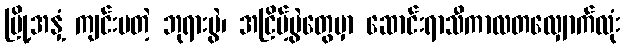
မြို့အနှံ့ ကျင်းပတဲ့ ဘုရားပွဲ၊ အငြိမ့်ပွဲတွေမှာ ဆောင်းရာသီကာလတလျှောက်လုံး